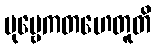
ပုဗ္ဗေကတဟေတူတိ